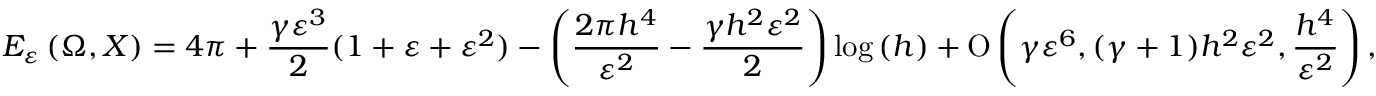
E _ { \varepsilon } \left( \Omega , X \right) = 4 \pi + \frac { \gamma \varepsilon ^ { 3 } } { 2 } ( 1 + \varepsilon + \varepsilon ^ { 2 } ) - \left( \frac { 2 \pi h ^ { 4 } } { \varepsilon ^ { 2 } } - \frac { \gamma h ^ { 2 } \varepsilon ^ { 2 } } { 2 } \right) \log { ( h ) } + \ensuremath { \operatorname { O } \left( \gamma \varepsilon ^ { 6 } , ( \gamma + 1 ) h ^ { 2 } \varepsilon ^ { 2 } , \frac { h ^ { 4 } } { \varepsilon ^ { 2 } } \right) } ,